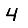
Digit: 4